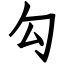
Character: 勾